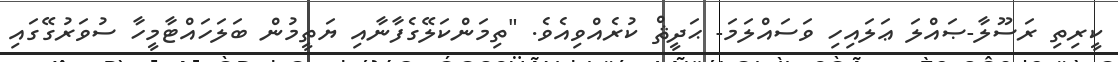
ކީރިތި ރަސޫލާ-ޞައްލަ ޢަލައިހި ވަސައްލަމަ- ޙަދީޘް ކުރެއްވިއެވެ. "ތިމަންކަލޭގެފާނާއި ޔަތީމުން ބަލަހައްޓާމީހާ ސުވަރުގޭގައި